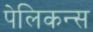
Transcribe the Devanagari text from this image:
पेलिकन्स